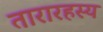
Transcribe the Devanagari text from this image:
तारारहस्य